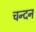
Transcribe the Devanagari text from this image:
चन्‍दन